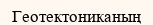
Геотектониканың